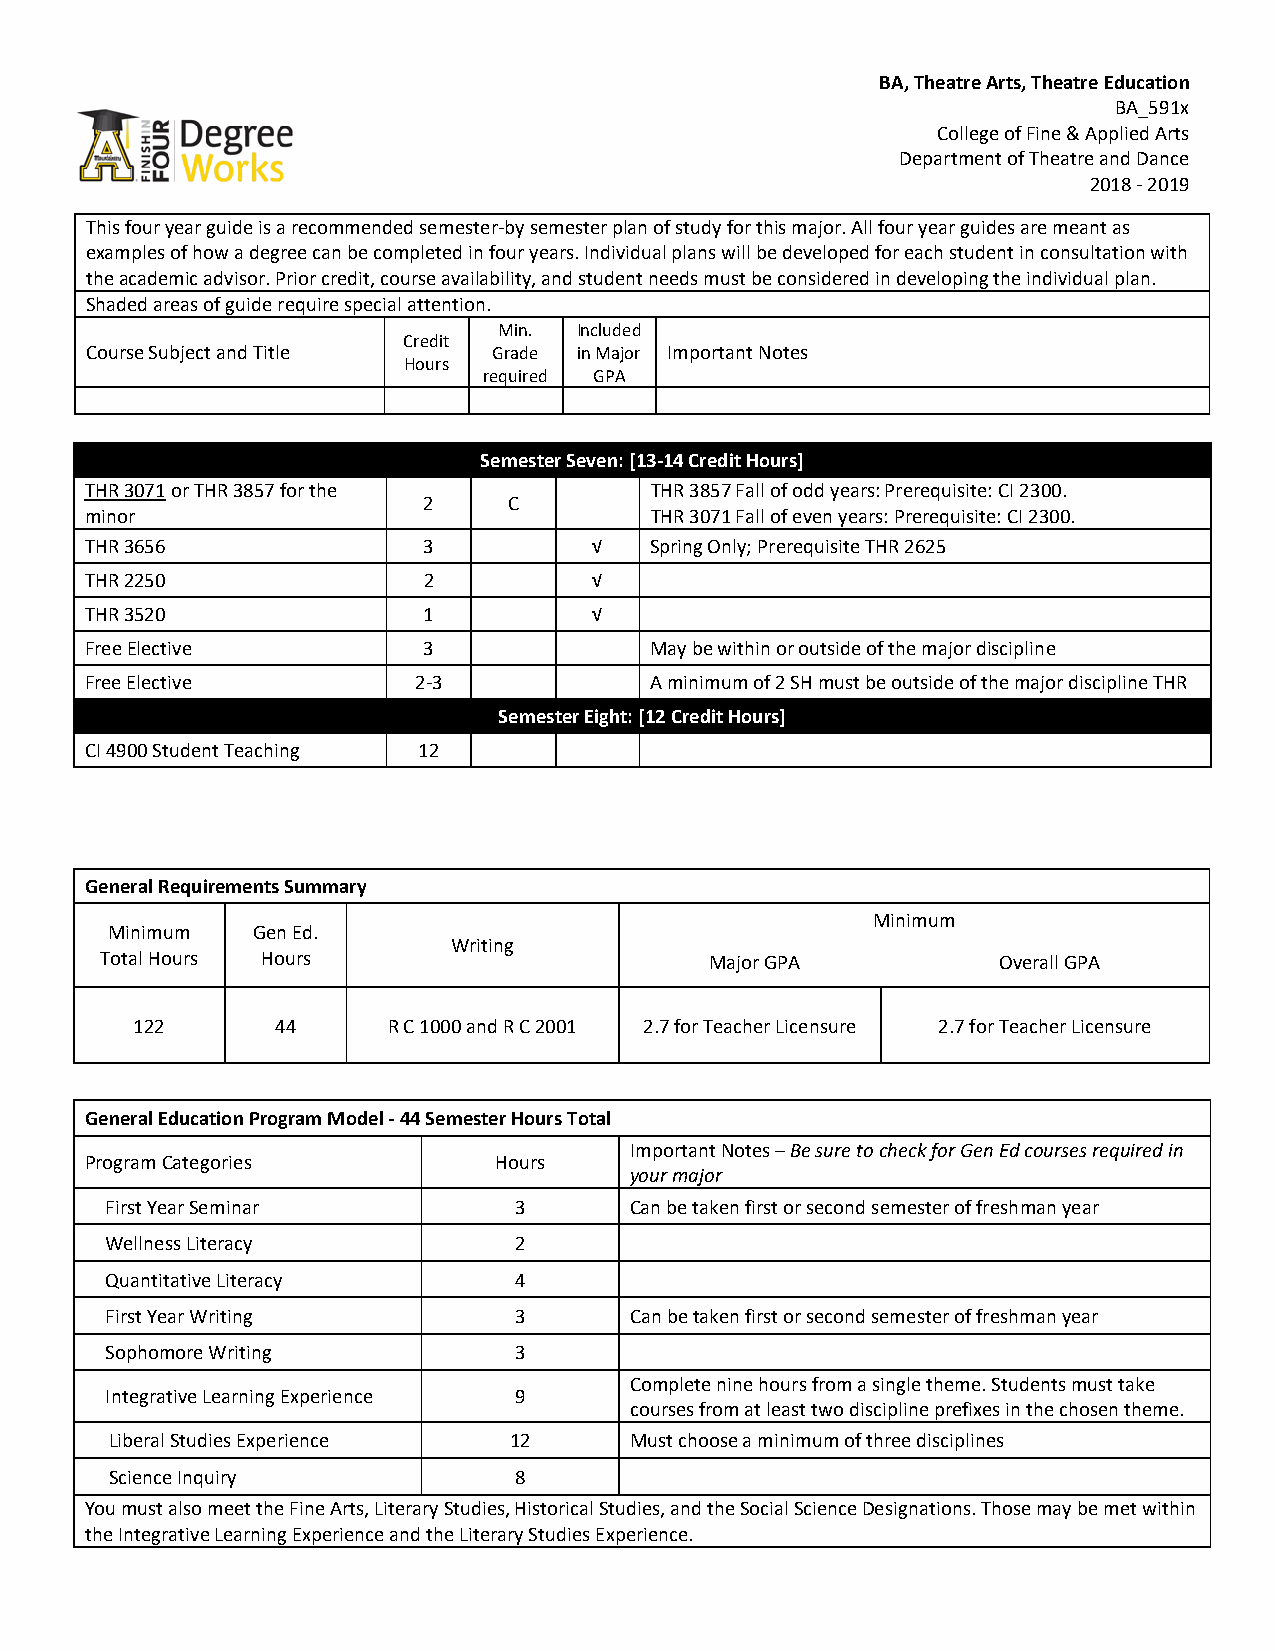
BA, Theatre Arts, Theatre Education
 BA_591x
 College of Fine & Applied Arts
 Department of Theatre and Dance
 2018 - 2019
 This four year guide is a recommended semester-by semester plan of study for this major. All four year guides are meant as
 examples of how a degree can be completed in four years. Individual plans will be developed for each student in consultation with
 the academic advisor. Prior credit, course availability, and student needs must be considered in developing the individual plan.
 Shaded areas of guide require special attention.
 Min. Included
 Credit
 Course Subject and Title   Grade in Major Important Notes
 Hours
 required GPA
 Semester Seven: [13-14 Credit Hours]
 THR 3071 or THR 3857 for the         THR 3857 Fall of odd years: Prerequisite: CI 2300.
 2     C
 minor                                THR 3071 Fall of even years: Prerequisite: CI 2300.
 THR 3656              3          √   Spring Only; Prerequisite THR 2625
 THR 2250              2          √
 THR 3520              1          √
 Free Elective         3              May be within or outside of the major discipline
 Free Elective        2-3             A minimum of 2 SH must be outside of the major discipline THR
 Semester Eight: [12 Credit Hours]
 CI 4900 Student Teaching 12
 General Requirements Summary
 Minimum
 Minimum   Gen Ed.
 Writing
 Total Hours Hours                       Major GPA          Overall GPA
 122      44      R C 1000 and R C 2001 2.7 for Teacher Licensure 2.7 for Teacher Licensure
 General Education Program Model - 44 Semester Hours Total
 Important Notes – Be sure to check for Gen Ed courses required in
 Program Categories         Hours
 your major
 First Year Seminar         3       Can be taken first or second semester of freshman year
 Wellness Literacy          2
 Quantitative Literacy      4
 First Year Writing         3       Can be taken first or second semester of freshman year
 Sophomore Writing          3
 Complete nine hours from a single theme. Students must take
 Integrative Learning Experience 9
 courses from at least two discipline prefixes in the chosen theme.
 Liberal Studies Experience 12      Must choose a minimum of three disciplines
 Science Inquiry            8
 You must also meet the Fine Arts, Literary Studies, Historical Studies, and the Social Science Designations. Those may be met within
 the Integrative Learning Experience and the Literary Studies Experience.